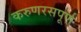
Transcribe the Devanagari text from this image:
करुणरसपूर्ण